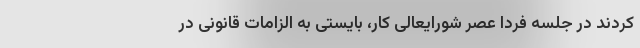
کردند در جلسه فردا عصرِ شورایعالی کار، بایستی به الزامات قانونی در